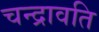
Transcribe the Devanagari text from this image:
चन्द्रावति